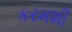
કરમશી